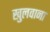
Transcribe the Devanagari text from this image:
खुलवाना